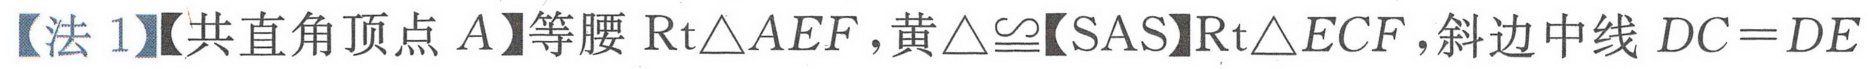
【法1】【共直角顶点\(A\)】等腰\(\text{Rt}\triangle AEF\)，黄\(\triangle\cong\)【SAS】\(\text{Rt}\triangle ECF\)，斜边中线 \(DC = DE\)